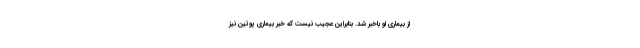
از بیماری او باخبر شد. بنابراین عجیب نیست که خبر بیماری پوتین نیز